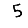
Digit: 5